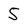
Character: 5